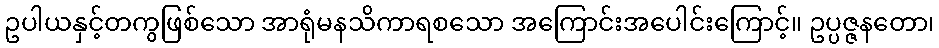
ဥပါယနှင့်တကွဖြစ်သော အာရုံမနသိကာရစသော အကြောင်းအပေါင်းကြောင့်။ ဥပ္ပဇ္ဇနတော၊